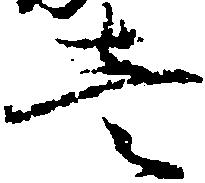
壱